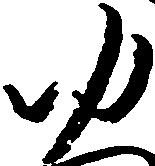
ゆ